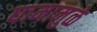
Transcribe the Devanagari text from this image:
घामामुळे